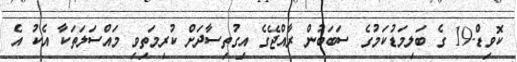
ކޮވިޑް-19 ގެ ބަލިމަޑުކަމުގެ ސަބަބުން ރާއްޖޭގެ އިގުތިސާދަށް ކުރިމަތިވި މައްސަލަތަކާ އެކު އެ